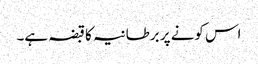
اس کونے پر برطانیہ کا قبضہ ہے۔